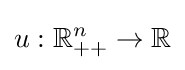
u:\mathbb {R} _{++}^{n}\rightarrow \mathbb {R}